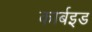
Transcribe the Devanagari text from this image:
कार्बइड